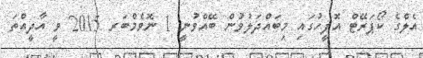
އެލްގެ ކޯޕަރޭޓް އޮފީހުގައި މިބައްދަލުވުން ބޭއްވުނީ 1 ނޮވެމްބަރ 2015 ވީ އާދީއްތަ